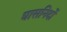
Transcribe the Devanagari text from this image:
घासनिदों